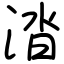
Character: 涾